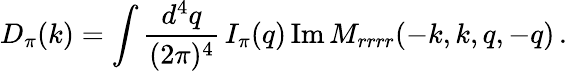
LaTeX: D_{\pi}(k)=\int{\frac{d^{4}q}{(2\pi)^{4}}}\, I_{\pi}(q)\, \mathrm{Im\, }M_{rrrr}(-k,k,q,-q)\, .